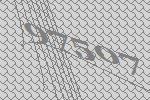
97507